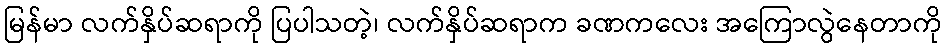
မြန်မာ လက်နှိပ်ဆရာကို ပြပါသတဲ့၊ လက်နှိပ်ဆရာက ခဏကလေး အကြောလွဲနေတာကို